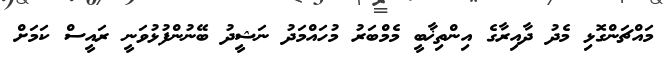
މައްޗަންގޮޅި މެދު ދާއިރާގެ އިންތިޚާބީ މެމްބަރު މުހައްމަދު ނަޝީދު ބޭނުންފުޅުވަނީ ރައީސް ކަމަށް